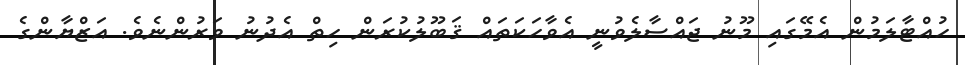
ހުއްޓާލަމުން އެމޭގައި މޫނު ޖައްސާލެވުނީ އެވާހަކަތައް ޤަބޫލުކުރަން ހިތް އެދުނު ވަރުންނެވެ. އަޒްޔާންގެ